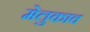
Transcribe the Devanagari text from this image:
मेलुकाव